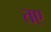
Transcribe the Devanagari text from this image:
तए